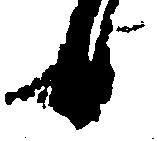
候